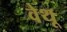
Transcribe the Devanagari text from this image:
वेथू